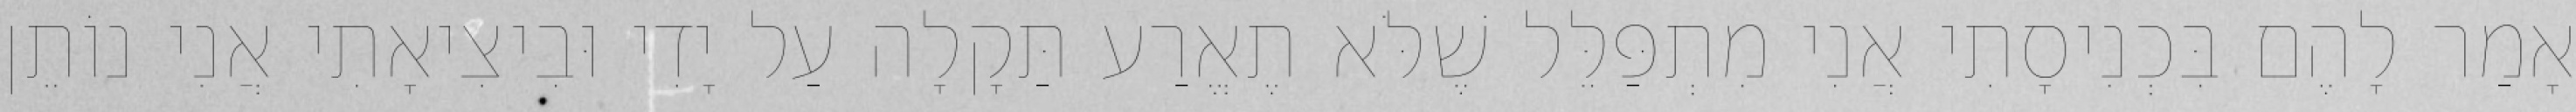
אָמַר לָהֶם בִּכְנִיסָתִי אֲנִי מִתְפַּלֵּל שֶׁלֹּא תֶאֱרַע תַּקָלָה עַל יָדִי וּבִיצִיאָתִי אֲנִי נוֹתֵן